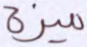
ميزة